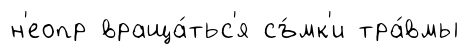
н'еопр враща́тьс'я съ́мк'и тра́вмы